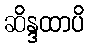
ဆိန္ဒထာပိ